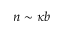
n \sim \kappa b